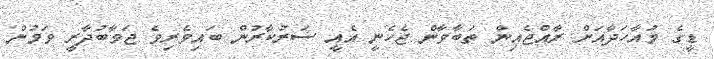
ޑީގެ މުއާހަދާއަށް ރާއްޖެއިން ތަބާވާން ޖެހެނީ އެއީ ސަރުކާރުން ބައިވެރިވެ ޖަވާބުދާރީ ވަމުން